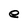
Character: e